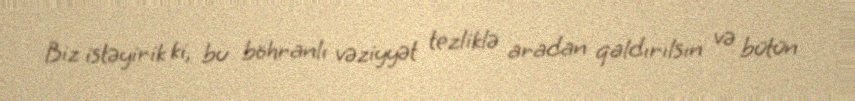
Biz istəyirik ki, bu böhranlı vəziyyət tezliklə aradan qaldırılsın və bütün